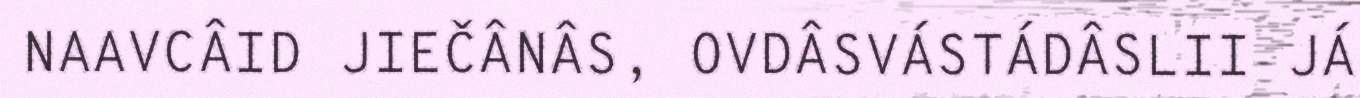
NAAVCÂID JIEČÂNÂS, OVDÂSVÁSTÁDÂSLII JÁ